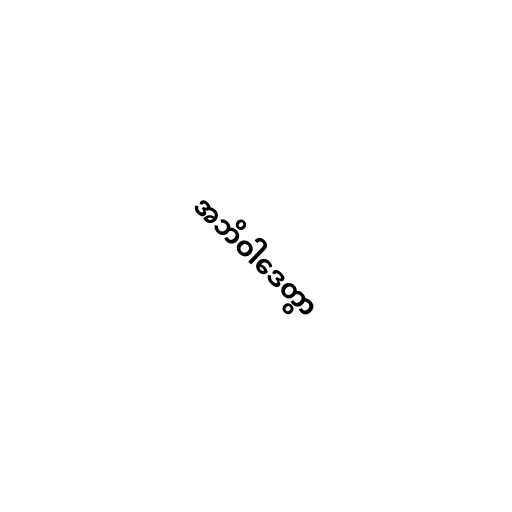
အဘိဝါဒေတွာ